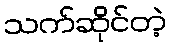
သက်ဆိုင်တဲ့